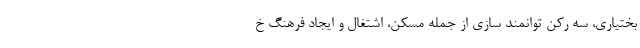
بختیاری، سه رکن توانمند سازی از جمله مسکن، اشتغال و ایجاد فرهنگ خ